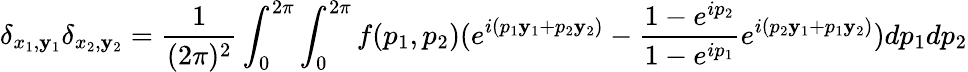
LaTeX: \delta_{x_{1},\mathbf{y}_{1}}\delta_{x_{2},\mathbf{y}_{2}}=\frac{{1}}{{(2\pi)^{2}}}\int_{0}^{2\pi}\int_{0}^{2\pi}f(p_{1},p_{2})(e^{i(p_{1}\mathbf{y}_{1}+p_{2}\mathbf{y}_{2})}-\frac{{1-e^{ip_{2}}}}{{1-e^{ip_{1}}}}e^{i(p_{2}\mathbf{y}_{1}+p_{1}\mathbf{y}_{2})})dp_{1}dp_{2}